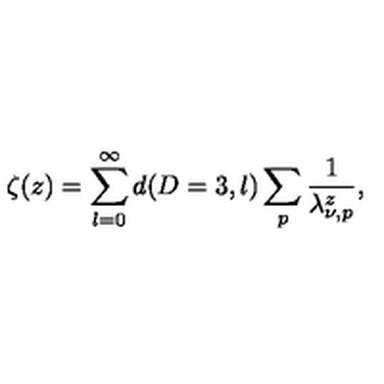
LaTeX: \zeta ( z ) = \sum _ { \l = 0 } ^ { \infty } d ( D = 3 , l ) \sum _ { p } \frac { 1 } { \lambda _ { \nu , p } ^ { z } } ,